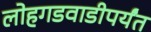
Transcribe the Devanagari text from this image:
लोहगडवाडीपर्यंत